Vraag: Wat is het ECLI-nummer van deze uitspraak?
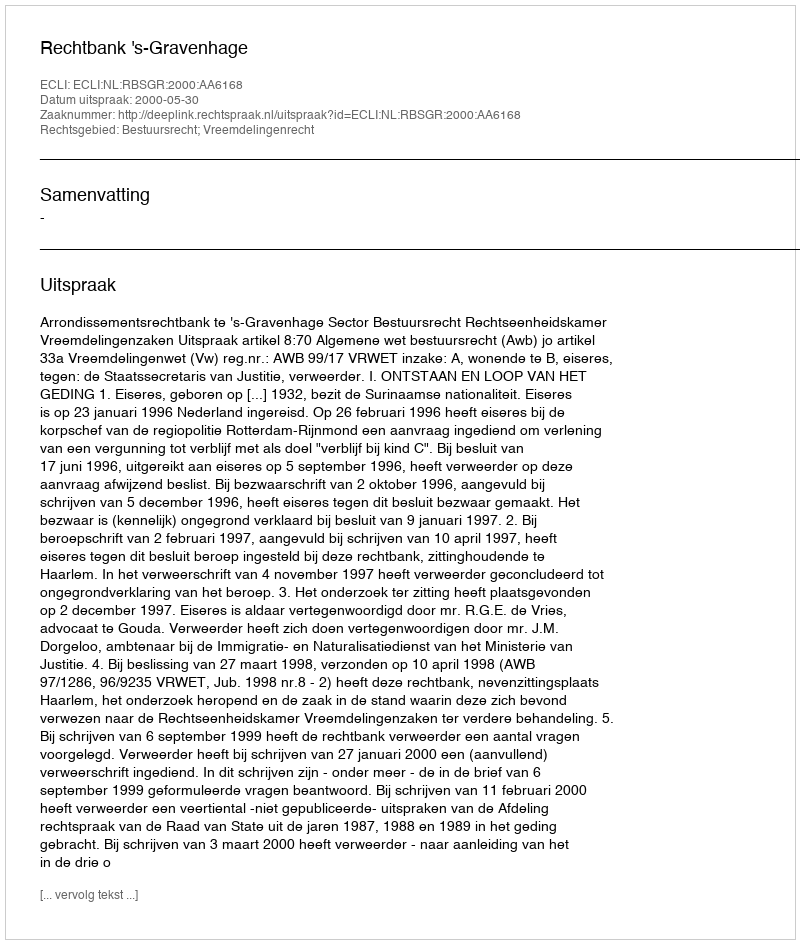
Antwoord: ECLI:NL:RBSGR:2000:AA6168